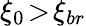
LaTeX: \xi_{0}\! >\! \xi_{br}